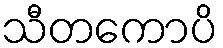
သီတကောပိ